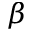
\beta